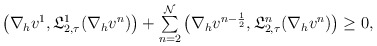
\begin{align*} \begin{array}{ll} \big(\nabla_h v^{1},\mathfrak{L}_{2,\tau}^{1}(\nabla_h v^{n})\big)+\sum\limits^{\mathcal{N}}_{n=2} \big(\nabla_h v^{n-\frac{1}{2}},\mathfrak{L}_{2,\tau}^{n}(\nabla_h v^{n})\big)\geq 0, \end{array} \end{align*}